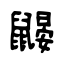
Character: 鼹